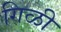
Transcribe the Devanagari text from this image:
गिळी